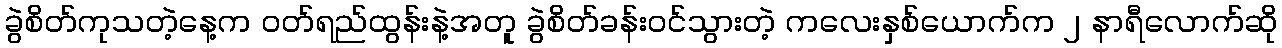
ခွဲစိတ်ကုသတဲ့နေ့က ဝတ်ရည်ထွန်းနဲ့အတူ ခွဲစိတ်ခန်းဝင်သွားတဲ့ ကလေးနှစ်ယောက်က ၂ နာရီလောက်ဆို